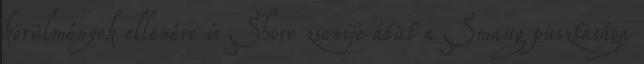
körülmények ellenére is Shore zsenije átüt a Smaug pusztasága